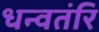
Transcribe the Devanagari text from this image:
धन्वतंरि